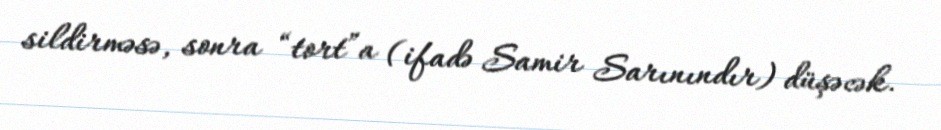
sildirməsə, sonra “tort”a (ifadə Samir Sarınındır) düşəcək.